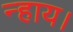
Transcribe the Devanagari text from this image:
न्हाय।